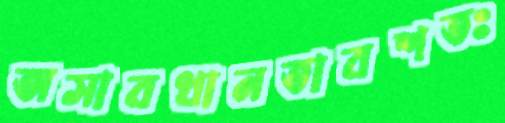
অসাবধানতাবশতঃ